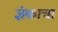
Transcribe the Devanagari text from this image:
ज्ञंकाचा